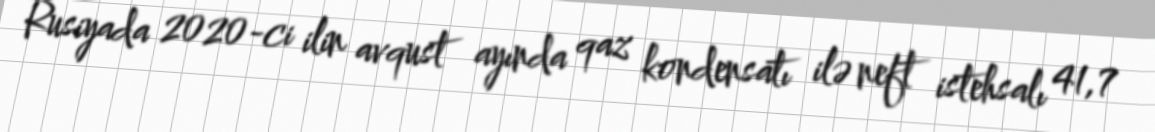
Rusiyada 2020-ci ilin avqust ayında qaz kondensatı ilə neft istehsalı 41,7